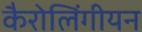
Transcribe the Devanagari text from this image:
कैरोलिंगीयन